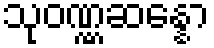
သုဝဏ္ဏဆန္နော